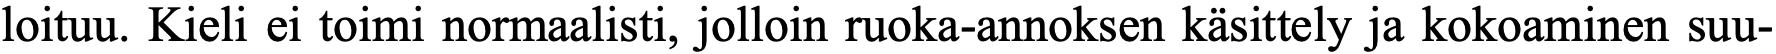
loituu. Kieli ei toimi normaalisti, jolloin ruoka-annoksen käsittely ja kokoaminen suu-